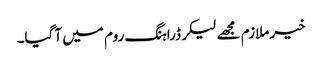
خیر ملازم مجھے لیکر ڈراہنگ روم میں آ گیا۔